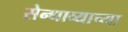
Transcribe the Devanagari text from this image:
सेन्धाव्याच्या